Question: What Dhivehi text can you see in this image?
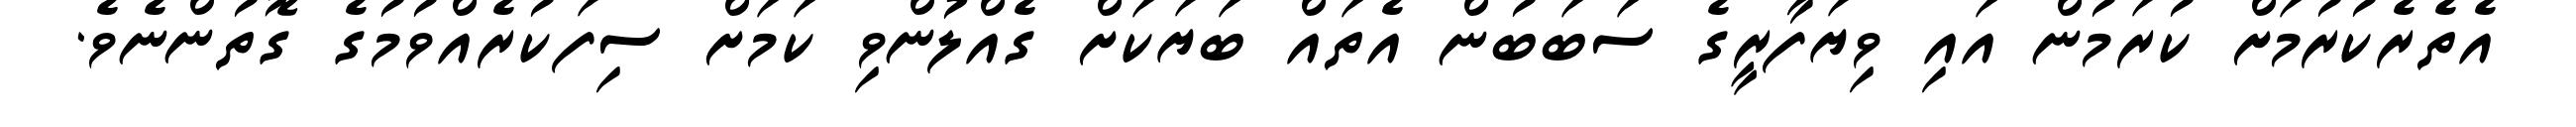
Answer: އެތެރެކުރުމަށް ކުރަމުން އައި ވިޔަފާރީގެ ސަބަބުން އެތައް ބަޔަކަށް ގެއްލުންވި ކަމަށް ސިފަކުރެއްވުމުގެ ގޮތުންނެވެ.